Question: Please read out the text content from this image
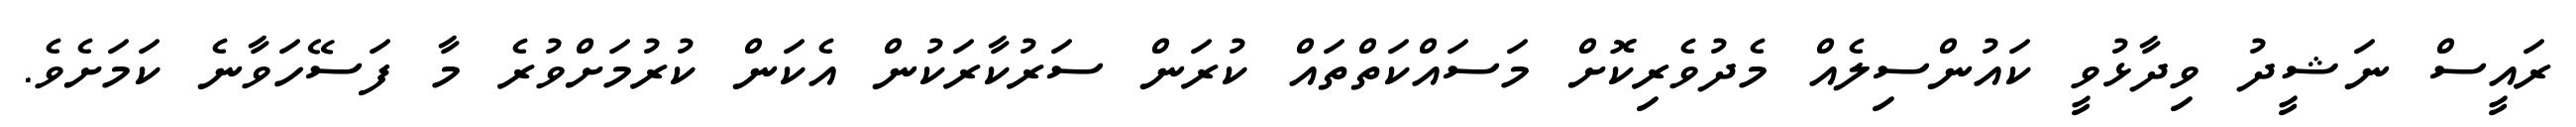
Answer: ރައީސް ނަޝީދު ވިދާޅުވީ ކައުންސިލެއް މެދުވެރިކޮށް މަސައްކަތްތައް ކުރަން ސަރުކާރަކުން އެކަން ކުރުމަށްވުރެ މާ ފަސޭހަވާނެ ކަމަށެވެ.